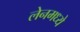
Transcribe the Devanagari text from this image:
लेनमध्ये